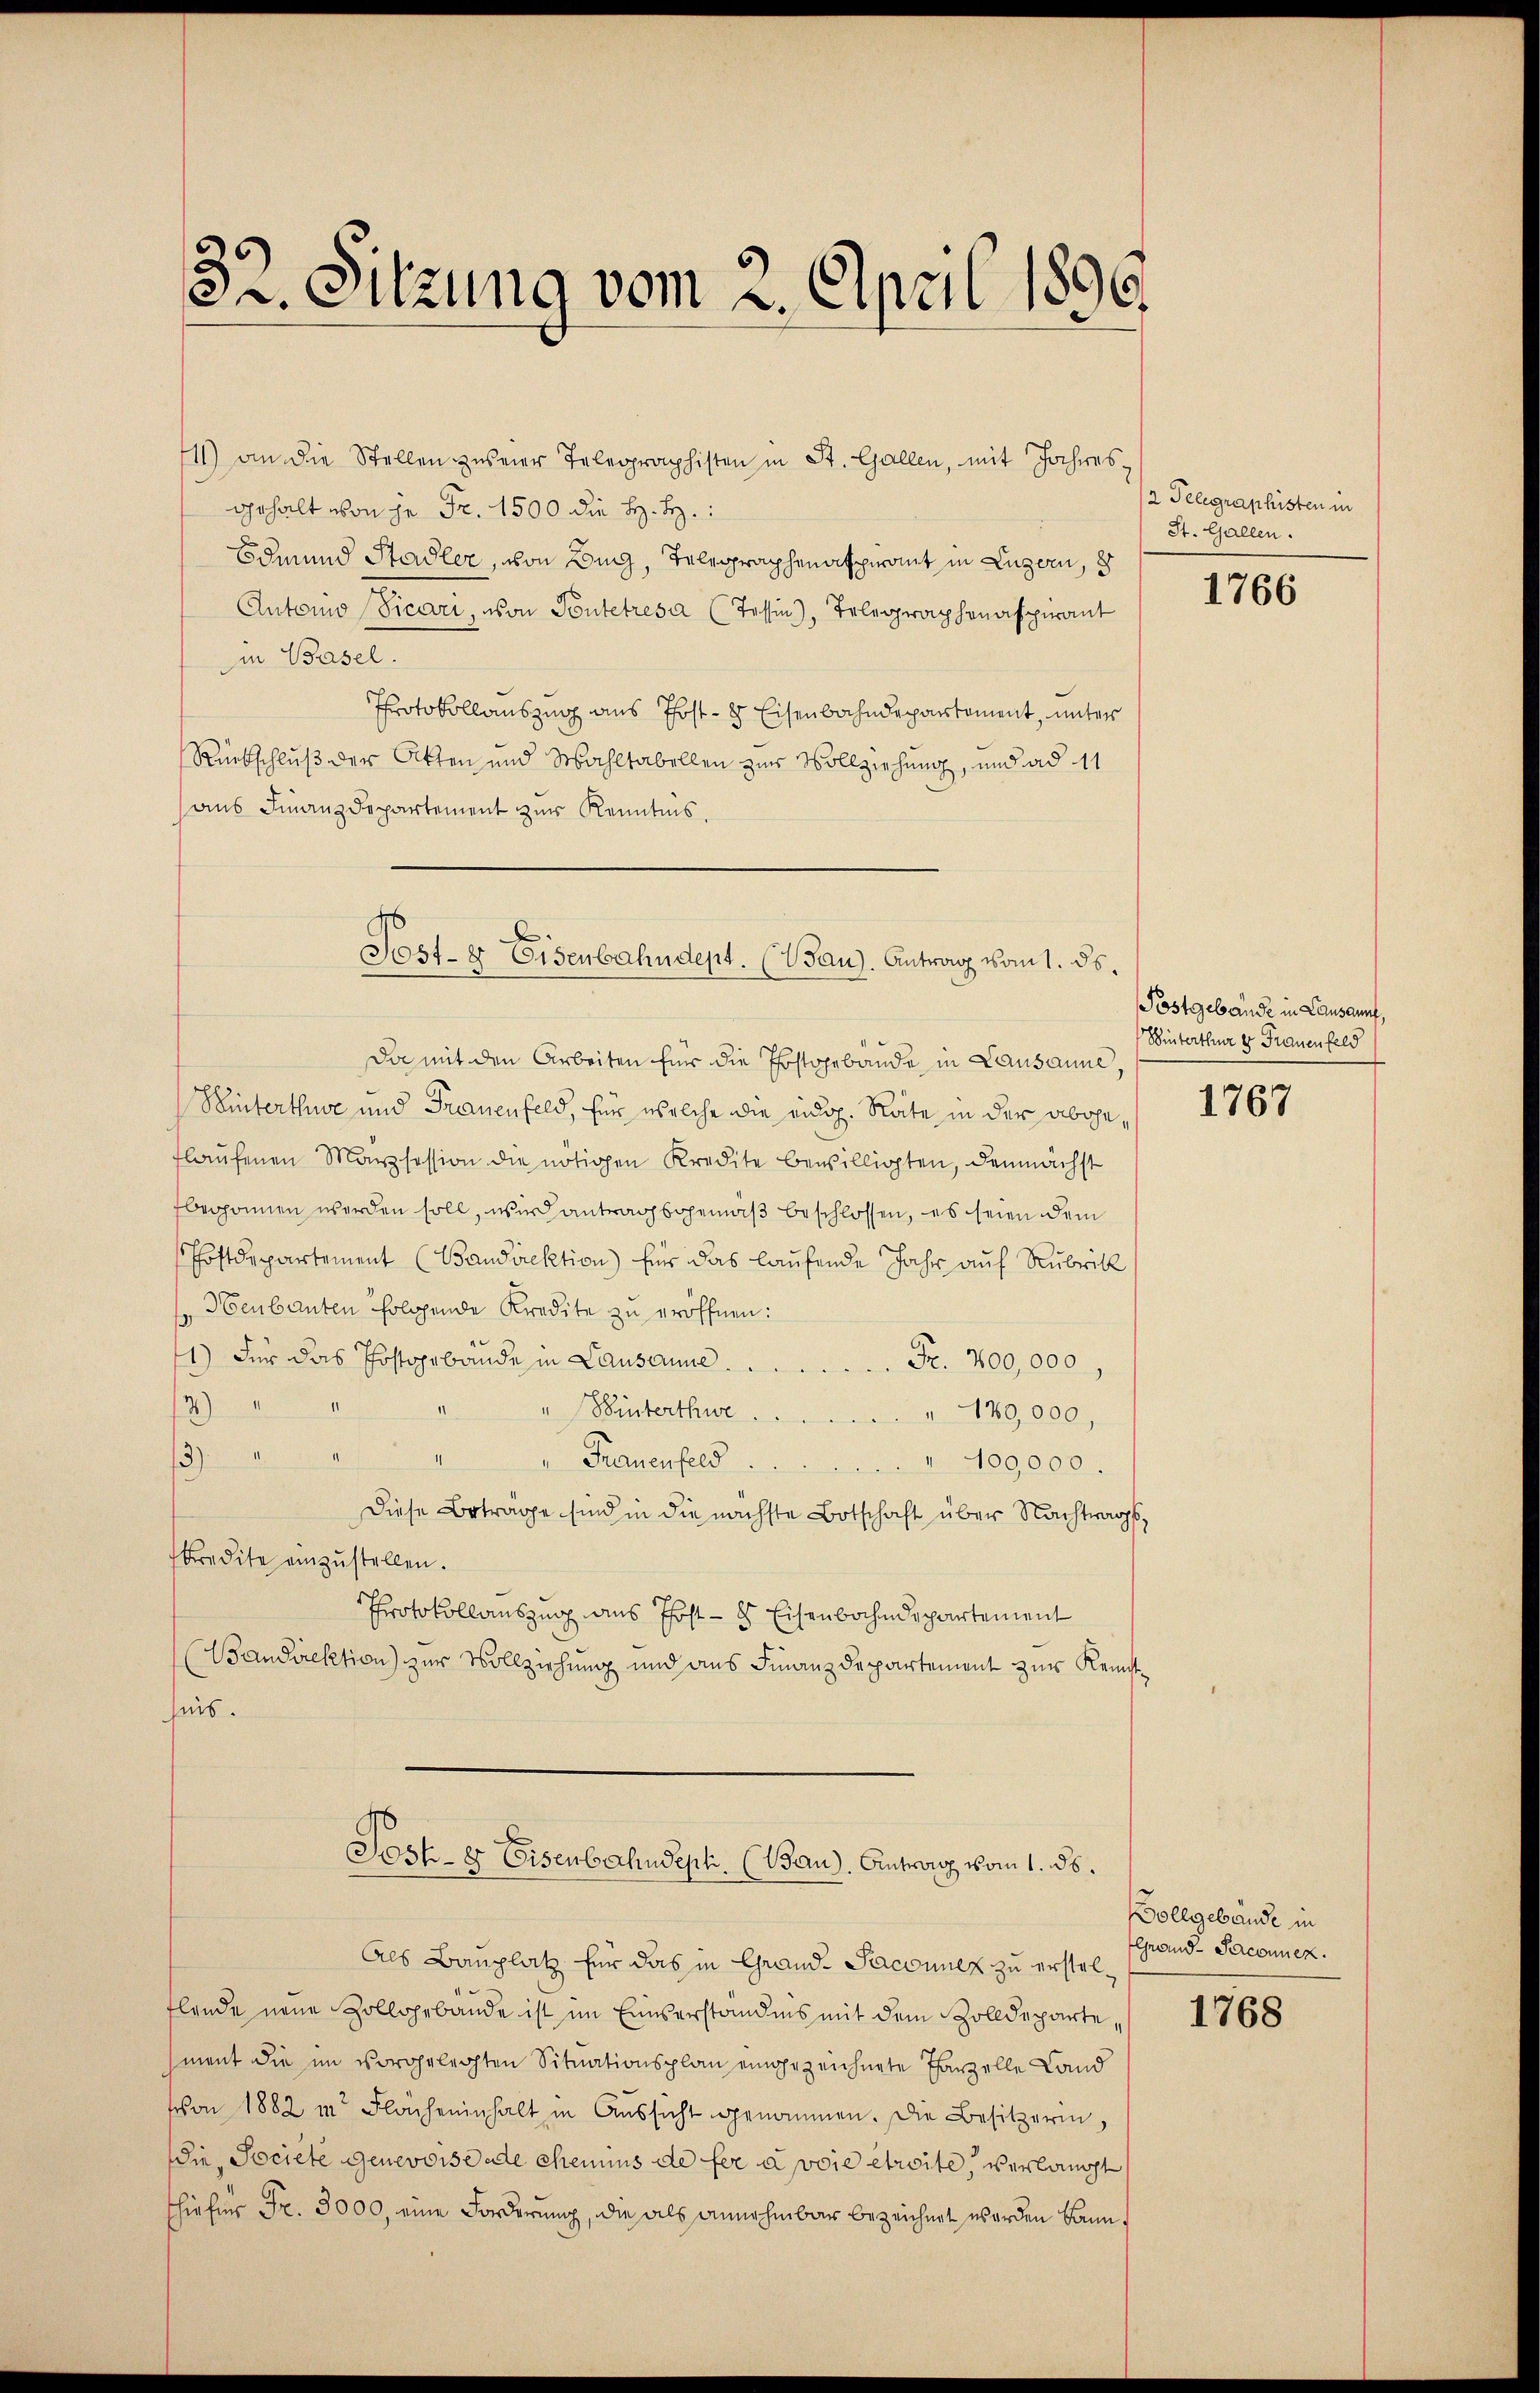
32. Sitzung vom 2. April 1896
e

11) an die Stellen zŭsener Telegraphisten in St. Gallen, mit Jahresgehalt von je Fr. 1500 die H. H.
Edmund Stadler, von Bing, Telegraphenalpirant in Luzern, d
Autono Vicari, von Pontetresa (Tessin, Telegraphenaspirant
in Basel.
Protokollauszug aus Post- 8 Eisenbahndepartement, unter
Rückschluß der Akten und Wahltabellen zur Vollziehung, und ad 11
ans Finanzdepartement zur Kenntnis.
Da mit den Arbeiten für die Postgebäude in Lausanne,
Winterthue und Frauenfeld, für welche die eidg. Räte in der abgeflaŭfenen Marzsession die nötigen Kredite bewilligten, demnächst
begonnen werden soll, wir antragsgemäß beschlossen, es seien dem
Postdepartement (Bandirektion) für das laufende Jahr auf Rubrik
 Heubauten folgende Kredite zu eröffnen:
1) Für das Postarbande in Lausanne.
Fr. 200,000,
12)
" Winterthwe
" 120,000,
3).
Frauenfeld
" 400,000.
Diese Beträge sind in die nächste Botschaft über Nachtwarpf
Predite einzustellen.
Protokollauszug aus Post - 8 Eisenbahndepartement
(Bandirektion) zur Vollziehung und aus Finanzdepartement zur Kennt
hiis.
Jost- & Eisenbahndept. (Bau). Antrag vom 1. ds.
Als Bauplatz für das in Grand- Sacounez zu erstelflende neue Zollgebäude ist im Einserständnis mit dem Zolldepartement die im vorgelegten Situationsplan eingezeichnete Tanzelle Land
von 1882 in Flächeninhalt in Aussicht genommen. Die Besitzerin,
Die Societe Genevoise de chemins de fer a voie etreite, verlangt
hiefür Fr. 3000, eine Forderung, die als annehmbar bezeichnet werden kann¬

Post- & Eisenbahndept. (Sau). Antrag vom 1. ds.

/2 Telegraphisten in
St. Gallen.

1766

Postgebäude in Lausammt,
Hinterthur er Frauenfeld

1767

Bollgebäude in
Grand-Sacomiez.

1768